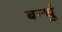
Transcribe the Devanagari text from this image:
बन्धुं